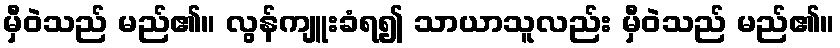
မှီဝဲသည် မည်၏။ လွန်ကျူးခံရ၍ သာယာသူလည်း မှီဝဲသည် မည်၏။